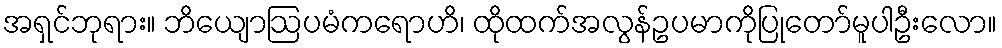
အရှင်ဘုရား။ ဘိယျောဩပမံကရောဟိ၊ ထိုထက်အလွန်ဥပမာကိုပြုတော်မူပါဦးလော။